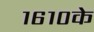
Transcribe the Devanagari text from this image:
१६१०के